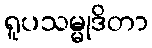
ရူပသမ္မုဒိတာ